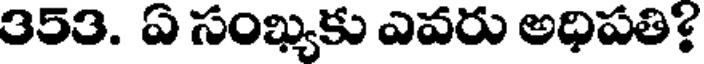
353. ఏ సంఖ్యకు ఎవరు అధిపతి?